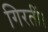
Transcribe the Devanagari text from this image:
गिरतीं।